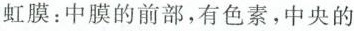
虹膜：中膜的前部，有色素，中央的